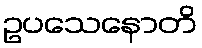
ဥပသေနောတိ